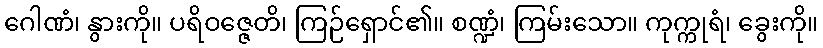
ဂေါဏံ၊ နွားကို။ ပရိဝဇ္ဇေတိ၊ ကြဉ်ရှောင်၏။ စဏ္ဍံ၊ ကြမ်းသော။ ကုက္ကုရံ၊ ခွေးကို။